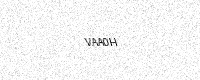
Text: VAA0H